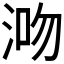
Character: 𣵓